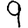
Digit: 9